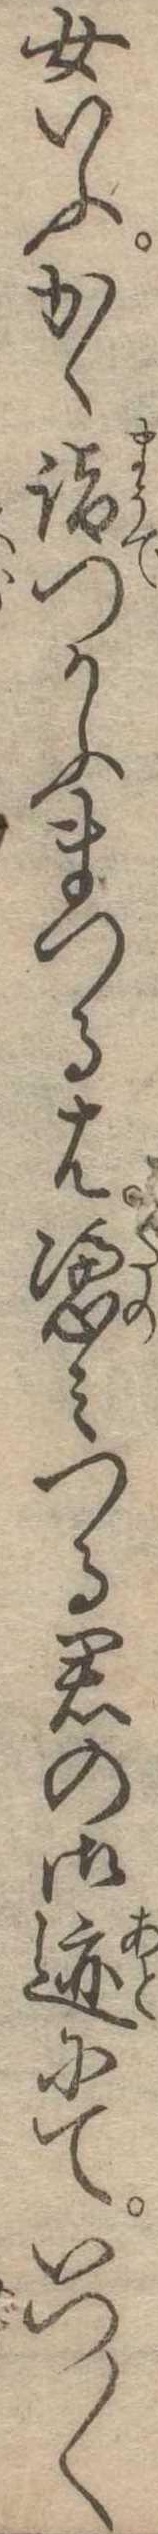
女いふかく詣つかふまつるは憑みつる君の御跡にていつ〱